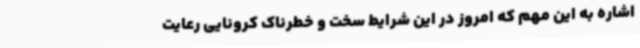
اشاره به این مهم که امروز در این شرایط سخت و خطرناک کرونایی رعایت